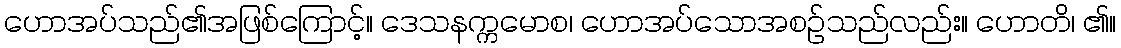
ဟောအပ်သည်၏အဖြစ်ကြောင့်။ ဒေသနက္ကမောစ၊ ဟောအပ်သောအစဉ်သည်လည်း။ ဟောတိ၊ ၏။